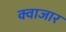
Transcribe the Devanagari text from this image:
क्वाजार